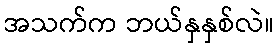
အသက်က ဘယ်နှနှစ်လဲ။